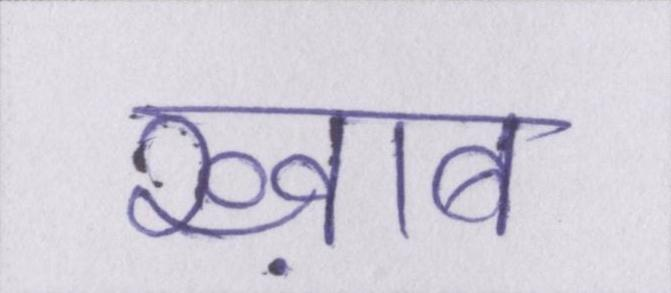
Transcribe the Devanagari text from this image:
ख्व़ाब